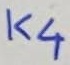
Text: K4